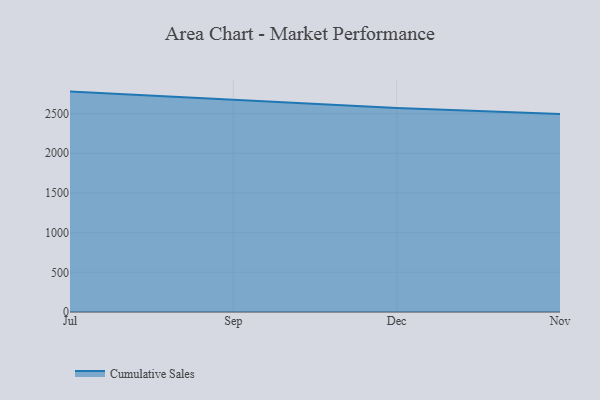
{"axis": {"x": "Month", "y": "Budget (USD K)"}, "legend": ["Cumulative Sales"], "data": [{"x": "Jul", "y": 2776.8, "type": "Cumulative Sales"}, {"x": "Sep", "y": 2671.3, "type": "Cumulative Sales"}, {"x": "Dec", "y": 2568.8, "type": "Cumulative Sales"}, {"x": "Nov", "y": 2494.0, "type": "Cumulative Sales"}]}